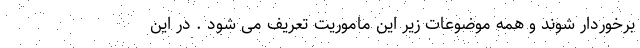
برخوردار شوند و همه موضوعات زیر این ماموریت تعریف می شود . در این